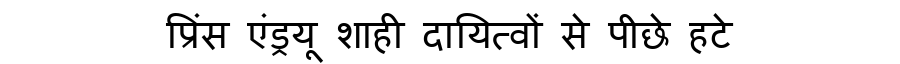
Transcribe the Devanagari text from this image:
प्रिंस एंड्रयू शाही दायित्वों से पीछे हटे